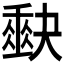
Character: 𭑡